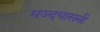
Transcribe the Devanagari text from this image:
मज्दयासनी